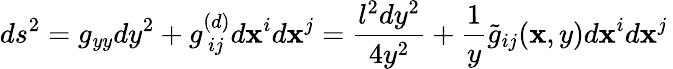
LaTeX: ds^{2}=g_{yy}dy^{2}+g_{\, ij}^{(d)}d\mathbf{x}^{i}d\mathbf{x}^{j}={\frac{{l^{2}dy^{2}}}{{4y^{2}}}}+{\frac{{1}}{{y}}}\tilde{{g}}_{ij}(\mathbf{x},y)d\mathbf{x}^{i}d\mathbf{x}^{j}\,